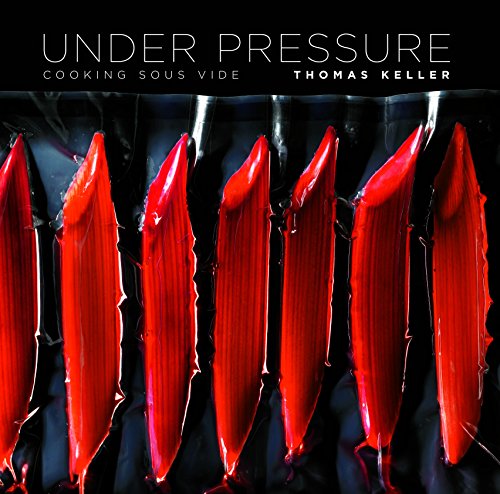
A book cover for Under Pressure: Cooking Sous Vide; Thomas Keller; Cookbooks, Food & Wine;